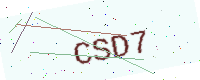
Text: CSD7